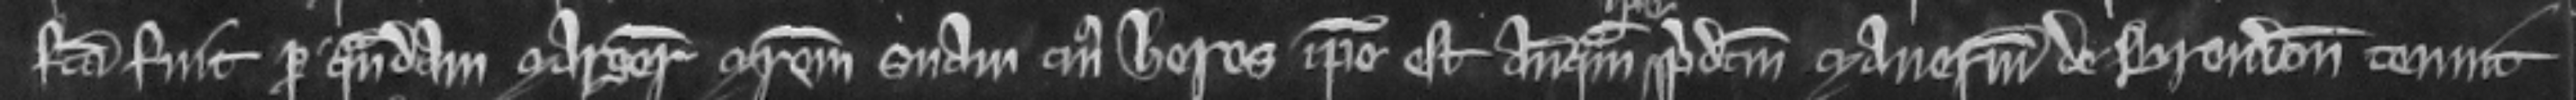
facta fuit per quandam Margeriam matrem suam cujus heres ipse est antequam ipse predictum manerium de Brendon tenuit